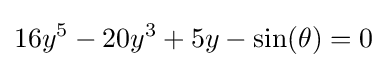
16y^{5}-20y^{3}+5y-\sin(\theta )=0